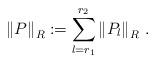
LaTeX: \begin{align*}\left\|P\right\|_R:=\sum_{l=r_1}^{r_2}\left\| P_l\right\|_R\,.\end{align*}